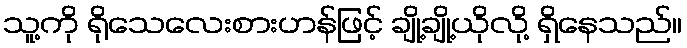
သူ့ကို ရိုသေလေးစားဟန်ဖြင့် ချို့ချို့ယိုလို့ ရှိနေသည်။